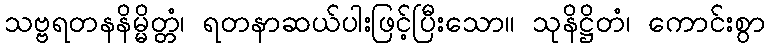
သဗ္ဗရတနနိမ္မိတ္တံ၊ ရတနာဆယ်ပါးဖြင့်ပြီးသော။ သုနိဋ္ဌိတံ၊ ကောင်းစွာ